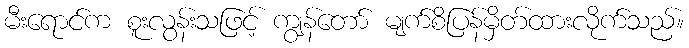
မီးရောင်က စူးလွန်းသဖြင့် ကျွန်တော် မျက်စိပြန်မှိတ်ထားလိုက်သည်။